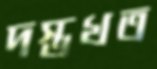
দস্তখত